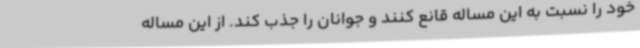
خود را نسبت به این مساله قانع کنند و جوانان را جذب کند. از این مساله